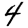
Digit: 4